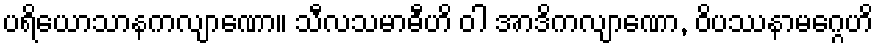
ပရိယောသာနကလျာဏော။ သီလသမာဓီဟိ ဝါ အာဒိကလျာဏော, ဝိပဿနာမဂ္ဂေဟိ